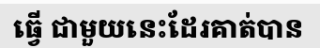
ធ្វើ ជាមួយនេះដែរគាត់បាន